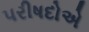
પરીષદોએ